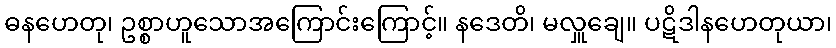
ဓနဟေတု၊ ဥစ္စာဟူသောအကြောင်းကြောင့်။ နဒေတိ၊ မလှူချေ။ ပဋိဒါနဟေတုယာ၊